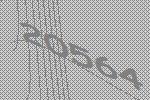
20564